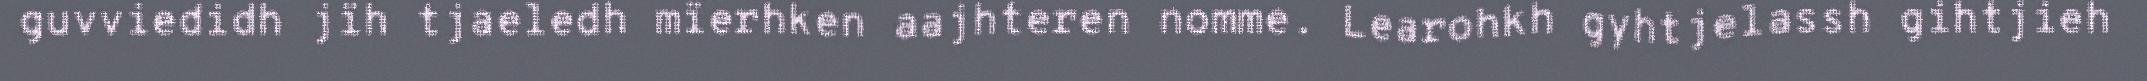
guvviedidh jïh tjaeledh mïerhken aajhteren nomme. Learohkh gyhtjelassh gihtjieh